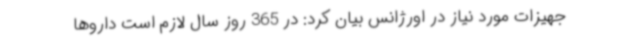
جهیزات مورد نیاز در اورژانس بیان کرد: در 365 روز سال لازم است داروها